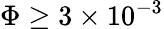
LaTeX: \Phi\geq 3\times 10^{-3}